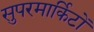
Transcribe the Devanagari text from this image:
सुपरमार्किटों